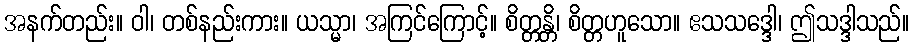
အနက်တည်း။ ဝါ၊ တစ်နည်းကား။ ယသ္မာ၊ အကြင်ကြောင့်။ စိတ္တန္တိ၊ စိတ္တဟူသော။ ဧသသဒ္ဒေါ၊ ဤသဒ္ဒါသည်။